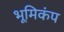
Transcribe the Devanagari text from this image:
भूमिकंप